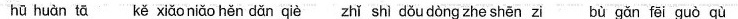
hū huàn tā kě xiǎo niǎo hěn dǎn qiè zhǐ shì dǒu dòng zhe shē zi bù gǎn fēi guò qù